Annual report on the health of the army in India
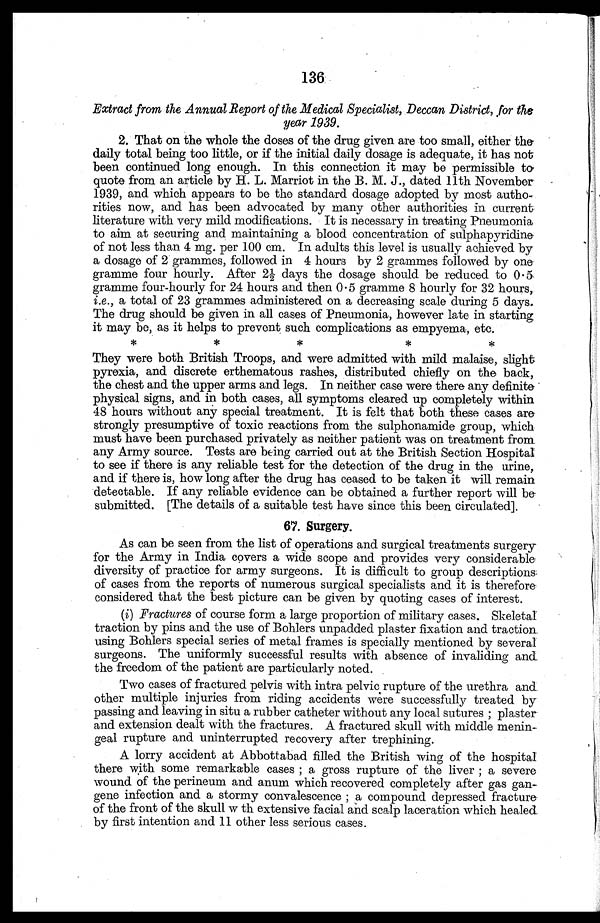
136
Extract from the Annual Report of the Medical Specialist, Deccan District, for the
year 1939.
2. That on the whole the doses of the drug given are too small, either the
daily total being too little, or if the initial daily dosage is adequate, it has not
been continued long enough. In this connection it may be permissible to
quote from an article by H. L. Marriot in the B. M. J., dated 11th November
1939, and which appears to be the standard dosage adopted by most autho-
- rities now, and has been advocated by many other authorities in current
literature with very mild modifications. It is necessary in treating Pneumonia
to aim at securing and maintaining a blood concentration of sulphapyridine
of not less than 4 mg. per 100 cm. In adults this level is usually achieved by
a dosage of 2 grammes, followed in 4 hours by 2 grammes followed by one
gramme four hourly. After 2½ days the dosage should be reduced to 0.5
gramme four-hourly for 24 hours and then 0.5 gramme 8 hourly for 32 hours,
i.e., a total of 23 grammes administered on a decreasing scale during 5 days.
The drug should be given in all cases of Pneumonia, however late in starting
it may be, as it helps to prevent such complications as empyema, etc.
* * * * *
They were both British Troops, and were admitted with mild malaise, slight
pyrexia, and discrete erthematous rashes, distributed chiefly on the back,
the chest and the upper arms and legs. In neither case were there any definite
physical signs, and in both cases, all symptoms cleared up completely within
48 hours without any special treatment. It is felt that both these cases are
strongly presumptive of toxic reactions from the sulphonamide group, which
must have been purchased privately as neither patient was on treatment from
any Army source. Tests are being carried out at the British Section Hospital
to see if there is any reliable test for the detection of the drug in the urine,
and if there is, how long after the drug has ceased to be taken it will remain
detectable. If any reliable evidence can be obtained a further report will be-
s u b m i t t e d . [ T h e d e t a i l s o f a s u i t a b l e t e s t h a v e s i n c e t h i s b e e n c i r c u l a t e d ] .
67. Surgery.
As can be seen from the list of operations and surgical treatments surgery
for the Army in India covers a wide scope and provides very considerable
diversity of practice for army surgeons. It is difficult to group descriptions
of cases from the reports of numerous surgical specialists and it is therefore
considered that the best picture can be given by quoting cases of interest.
(i) Fractures of course form a large proportion of military cases. Skeletal
traction by pins and the use of Bohlers unpadded plaster fixation and traction.
using Bohlers special series of metal frames is specially mentioned by several
surgeons. The uniformly successful results with absence of invaliding and
the freedom of the patient are particularly noted.
Two cases of fractured pelvis with intra pelvic rupture of the urethra and
other multiple injuries from riding accidents were successfully treated by
passing and leaving in situ a rubber catheter without any local sutures; plaster
and extension dealt with the fractures. A fractured skull with middle menin
geal rupture and uninterrupted recovery after trephining.
A lorry accident at Abbottabad filled the British wing of the hospital
there with some remarkable cases; a gross rupture of the liver; a severe
wound of the perineum and anum which recovered completely after gas gan
- g e n e i n f e c t i o n a n d a s t o r m y c o n v a l e s c e n c e ; a c o m p o u n d d e p r e s s e d f r a c t u r e
of the front of the skull w th extensive facial and scalp laceration which healed
by first intention and 11 other less serious cases.